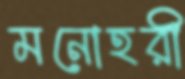
মনোহরী